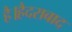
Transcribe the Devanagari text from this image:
है।हैदराबाद